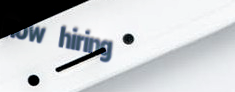
now hiring